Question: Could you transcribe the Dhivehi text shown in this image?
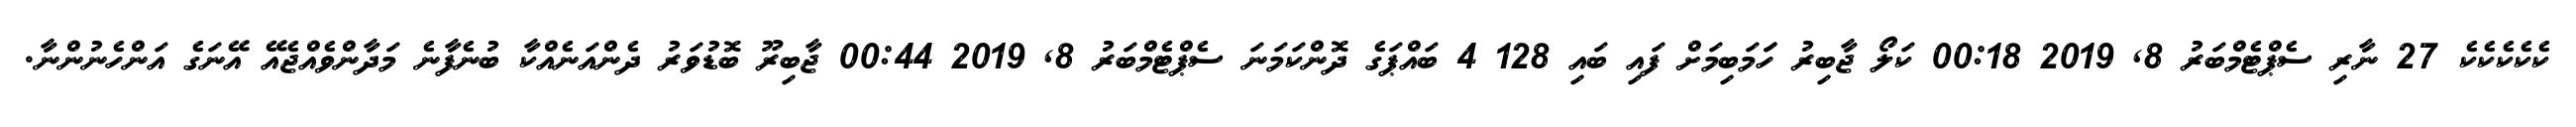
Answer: ކެކެކެކެކެ 27 ނާރި ސެޕްޓެމްބަރު 8, 2019 00:18 ކަލޯ ޖާބިރު ހަަމަބިމަށް ފައި ބައި 128 4 ބައްޕަގެ ދޮންކަމަނަ ސެޕްޓެމްބަރު 8, 2019 00:44 ޖާބިރޫ ބޮޑުވަރު ދެންއަނެއްކާ ބުނެފާނެ މަދާންވެއްޖެއޭ އޭނަގެ އަންހެނުންނާ.